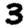
Digit: 3